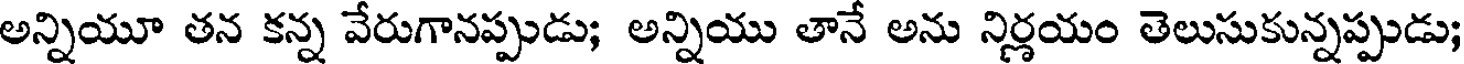
అన్నియూ తన కన్న వేరుగానప్పుడు; అన్నియు తానే అను నిర్ణయం తెలుసుకున్నప్పుడు;